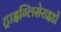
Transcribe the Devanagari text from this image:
ट्राइग्लिसेराइडों